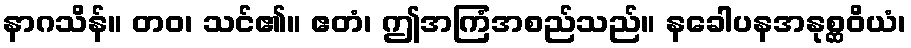
နာဂသိန်။ တဝ၊ သင်၏။ ဧတံ၊ ဤအကြံအစည်သည်။ နခေါပနအနုစ္ဆဝိယံ၊